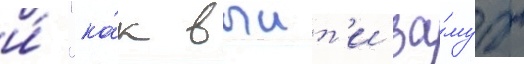
и́ "ка́к выит'и за́муж